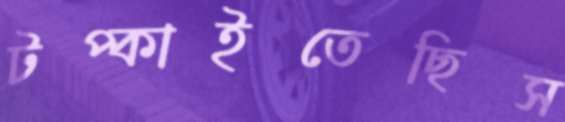
টপ্‌কাইতেছিস